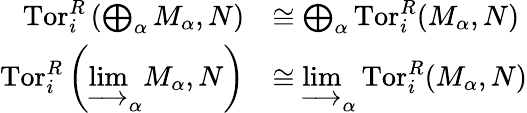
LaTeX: {\begin{array}{rl}{\operatorname{Tor}_{i}^{R}\left(\bigoplus_{\alpha}M_{\alpha},N\right)}&{\cong\bigoplus_{\alpha}\operatorname{Tor}_{i}^{R}(M_{\alpha},N)}\\ {\operatorname{Tor}_{i}^{R}\left(\varinjlim_{\alpha}M_{\alpha},N\right)}&{\cong\varinjlim_{\alpha}\operatorname{Tor}_{i}^{R}(M_{\alpha},N)}\end{array}}